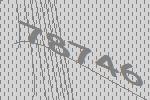
78746